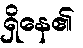
ရှိနေ၏